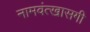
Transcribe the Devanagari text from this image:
नामवंत्खासगी